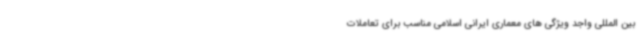
بین المللی واجد ویژگی های معماری ایرانی اسلامی مناسب برای تعاملات